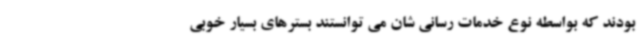
بودند که بواسطه نوع خدمات رسانی شان می توانستند بسترهای بسیار خوبی